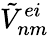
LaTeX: {\tilde{V}}_{nm}^{ei}